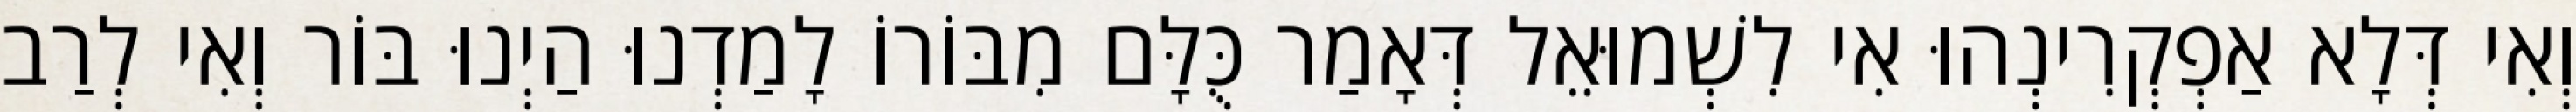
וְאִי דְּלָא אַפְקְרִינְהוּ אִי לִשְׁמוּאֵל דְּאָמַר כֻּלָּם מִבּוֹרוֹ לָמַדְנוּ הַיְנוּ בּוֹר וְאִי לְרַב